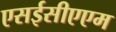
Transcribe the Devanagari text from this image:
एसईसीएएम